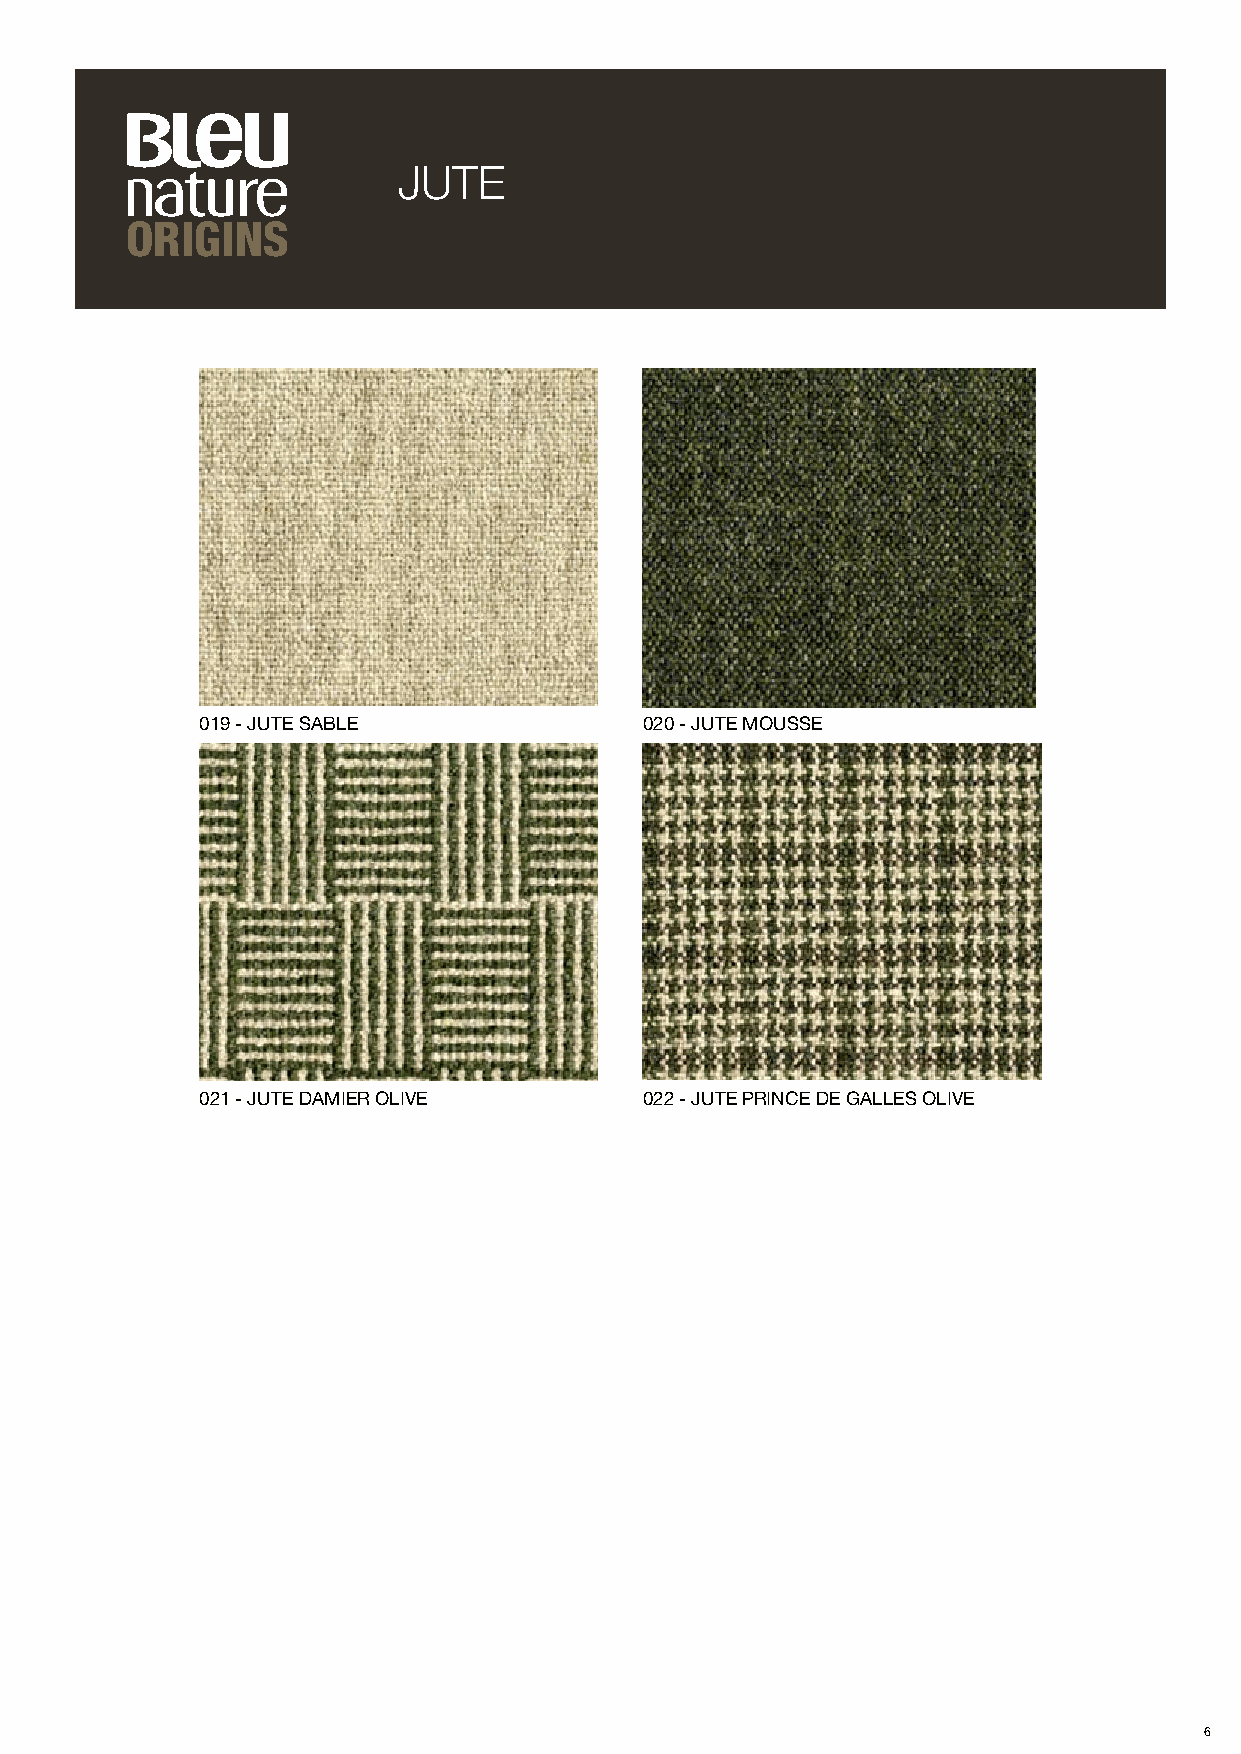
JUTE
 ORIGINS
 019 - JUTE SABLE              020 - JUTE MOUSSE
 021 - JUTE DAMIER OLIVE       022 - JUTE PRINCE DE GALLES OLIVE
 6